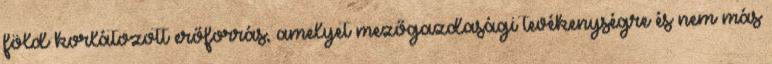
föld korlátozott erőforrás, amelyet mezőgazdasági tevékenységre és nem más